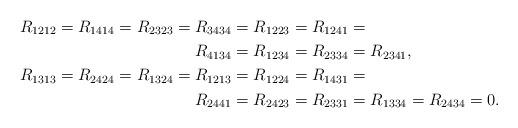
LaTeX: \begin{align*} R_{1212}=R_{1414}=R_{2323}=R_{3434}&=R_{1223}=R_{1241}=\\R_{4134}&=R_{1234}=R_{2334}= R_{2341},\\R_{1313}=R_{2424}=R_{1324}=R_{1213}&=R_{1224}=R_{1431}=\\R_{2441}&=R_{2423}=R_{2331}=R_{1334}=R_{2434}=0.\end{align*}